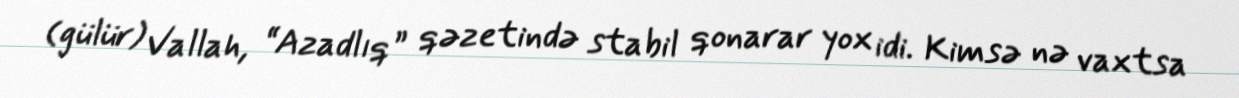
(gülür) Vallah, “Azadlıq” qəzetində stabil qonarar yox idi. Kimsə nə vaxtsa